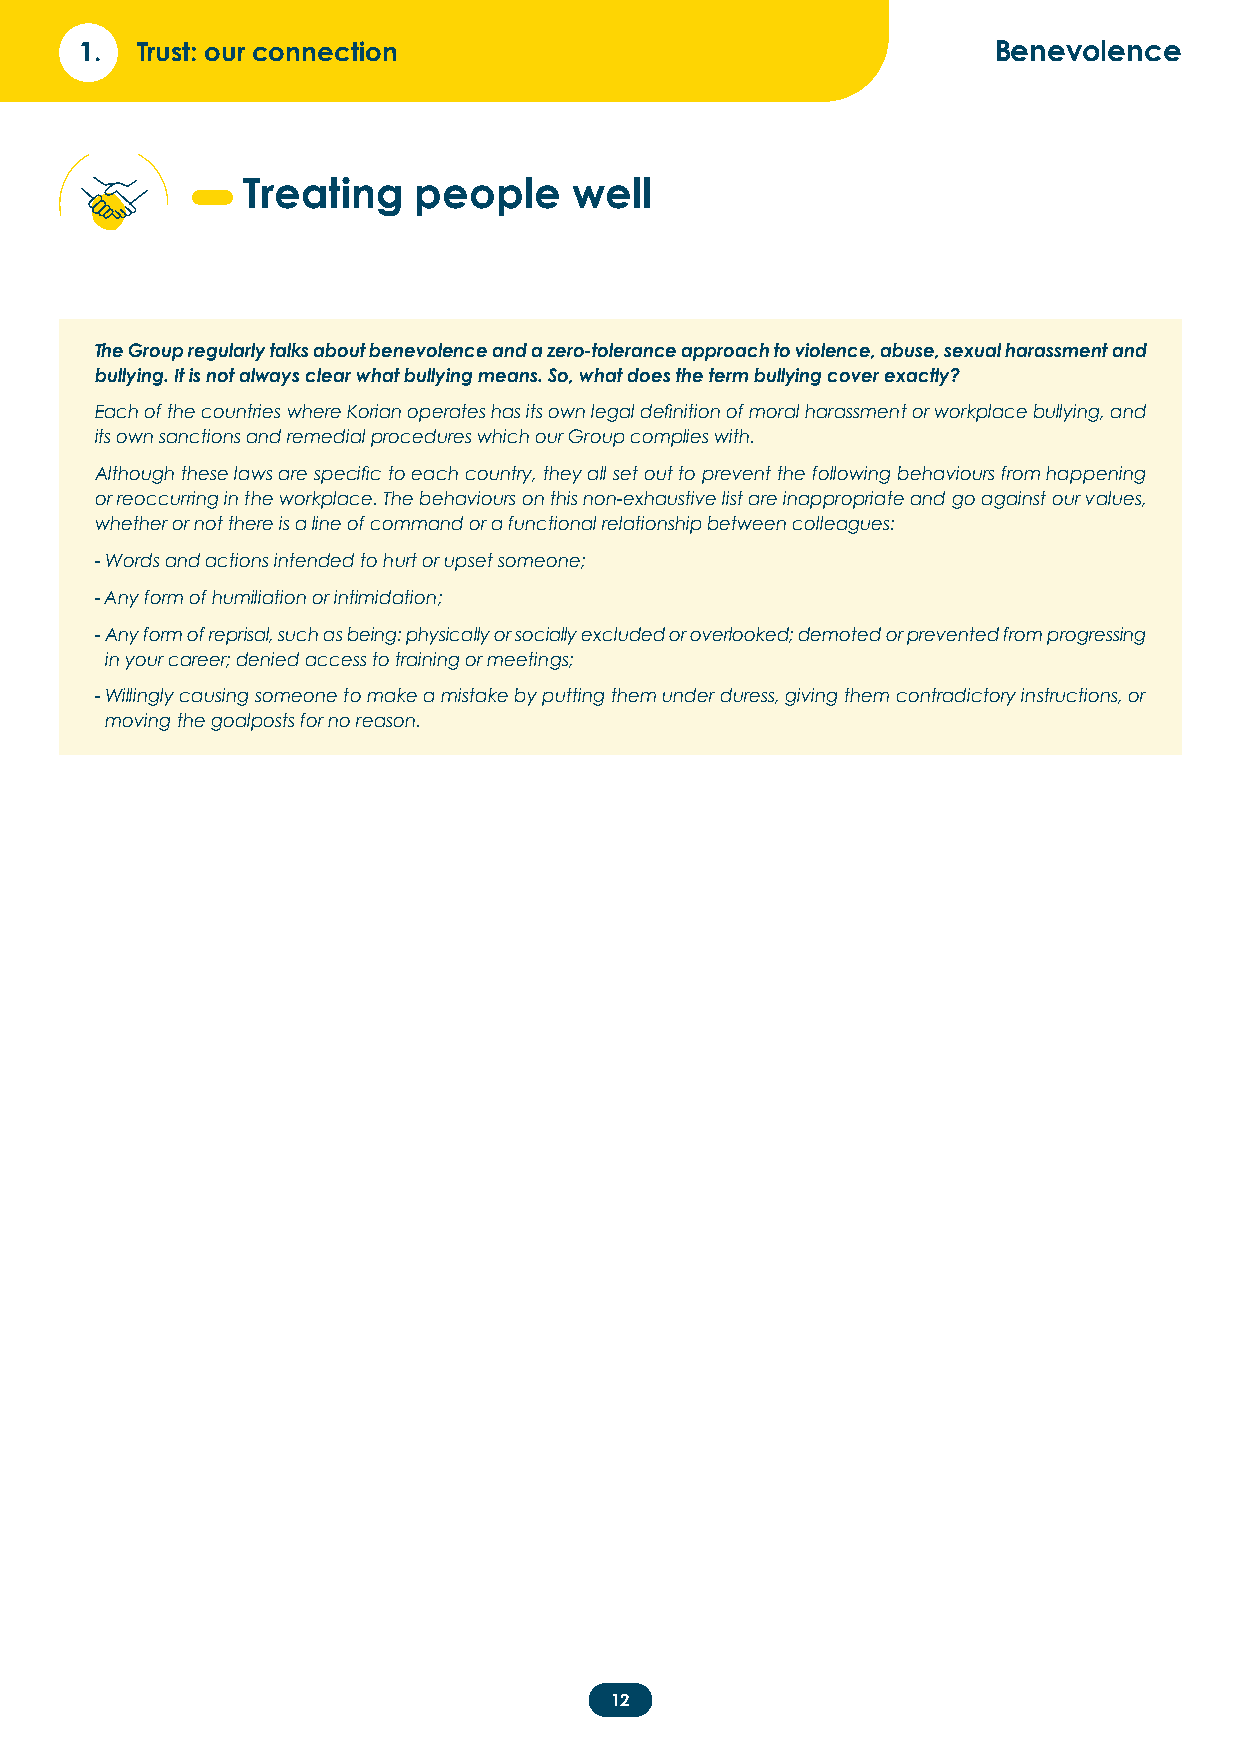
1.  Trust: our connection                                    Benevolence
 Treating   people     well
 The Group regularly talks about benevolence and a zero-tolerance approach to violence, abuse, sexual harassment and
 bullying. It is not always clear what bullying means. So, what does the term bullying cover exactly?
 Each of the countries where Korian operates has its own legal definition of moral harassment or workplace bullying, and
 its own sanctions and remedial procedures which our Group complies with.
 Although these laws are specific to each country, they all set out to prevent the following behaviours from happening
 or reoccurring in the workplace. The behaviours on this non-exhaustive list are inappropriate and go against our values,
 whether or not there is a line of command or a functional relationship between colleagues:
 - W ords and actions intended to hurt or upset someone;
 - Any form of humiliation or intimidation;
 - Any form of reprisal, such as being: physically or socially excluded or overlooked; demoted or prevented from progressing
 in your career; denied access to training or meetings;
 - Willingly causing someone to make a mistake by putting them under duress, giving them contradictory instructions, or
 moving the goalposts for no reason.
 12